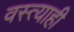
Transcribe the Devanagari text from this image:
वस्त्याही